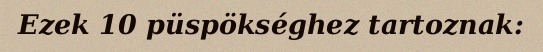
Ezek 10 püspökséghez tartoznak: